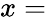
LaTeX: x=